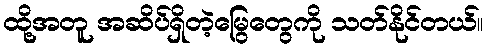
ထို့အတူ အဆိပ်ရှိတဲ့မြွေတွေကို သတ်နိုင်တယ်။